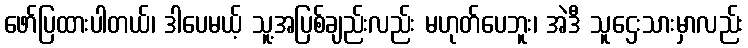
ဖော်ပြထားပါတယ်၊ ဒါပေမယ့် သူ့အပြစ်ချည်းလည်း မဟုတ်ပေဘူး၊ အဲဒီ သူဌေးသားမှာလည်း